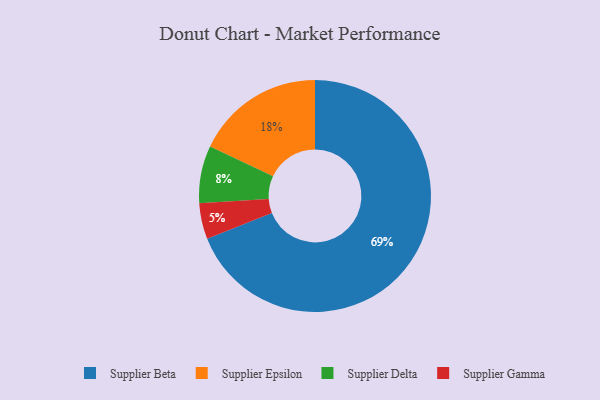
{"axis": {"x": "Category", "y": "Percentage"}, "legend": ["Supplier Beta", "Supplier Delta", "Supplier Epsilon", "Supplier Gamma"], "data": [{"x": "Supplier Delta", "y": 8, "type": "Supplier Delta"}, {"x": "Supplier Gamma", "y": 5, "type": "Supplier Gamma"}, {"x": "Supplier Beta", "y": 69, "type": "Supplier Beta"}, {"x": "Supplier Epsilon", "y": 18, "type": "Supplier Epsilon"}]}